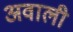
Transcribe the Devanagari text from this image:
अवाली